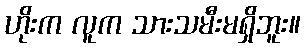
ဟိုးက လူက သားသမီးမရှိဘူး။